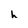
Character: h